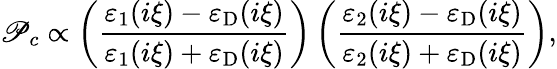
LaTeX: \mathscr{P}_{c}\propto\left(\frac{{\varepsilon_{\mathrm{{1}}}(i\xi)-\varepsilon_{\mathrm{{D}}}(i\xi)}}{{\varepsilon_{\mathrm{{1}}}(i\xi)+\varepsilon_{\mathrm{{D}}}(i\xi)}}\right)\left(\frac{{\varepsilon_{\mathrm{{2}}}(i\xi)-\varepsilon_{\mathrm{{D}}}(i\xi)}}{{\varepsilon_{\mathrm{{2}}}(i\xi)+\varepsilon_{\mathrm{{D}}}(i\xi)}}\right),